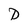
Character: D